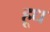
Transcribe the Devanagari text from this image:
हूध